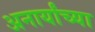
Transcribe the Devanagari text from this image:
अनार्यांच्या